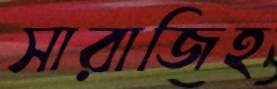
সারাজিহ